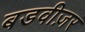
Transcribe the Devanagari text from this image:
बडवीज़र